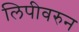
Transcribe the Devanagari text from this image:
लिपीवरुन